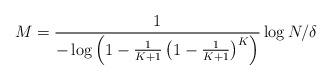
LaTeX: \begin{align*}M = \frac{1}{-\log\left(1-\frac{1}{K+1}\left(1-\frac{1}{K+1}\right)^K\right)}\log N/\delta\end{align*}